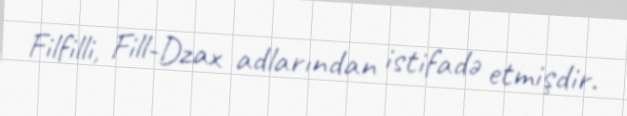
Filfilli, Fill-Dzax adlarından istifadə etmişdir.